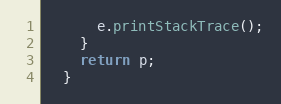
Language: Java
      e.printStackTrace();
    }
    return p;
  }